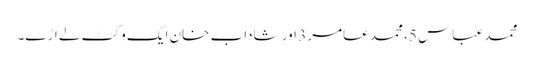
محمد عباس 5، محمد عامر 3 اور شاداب خان ایک وکٹ لے اڑے۔